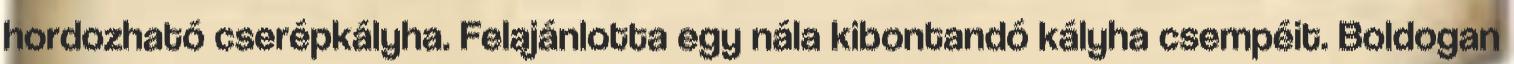
hordozható cserépkályha. Felajánlotta egy nála kibontandó kályha csempéit. Boldogan